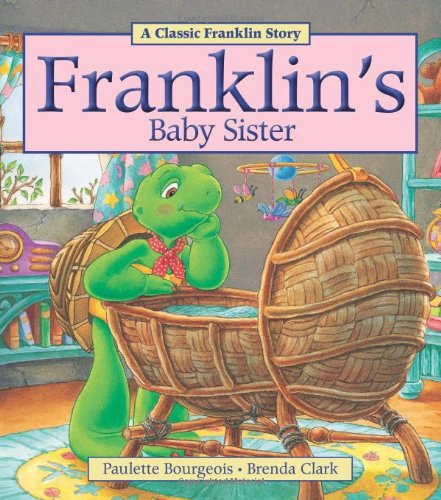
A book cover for Franklin's Baby Sister; Paulette Bourgeois; Children's Books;